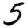
Digit: 5